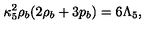
\kappa _ { 5 } ^ { 2 } \rho _ { b } ( 2 \rho _ { b } + 3 p _ { b } ) = 6 \Lambda _ { 5 } ,